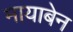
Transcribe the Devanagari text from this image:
मायाबेन